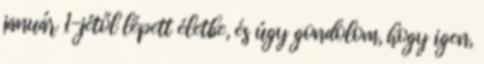
január 1-jétől lépett életbe, és úgy gondolom, hogy igen,